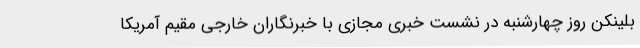
بلینکن روز چهارشنبه در نشست خبری مجازی با خبرنگاران خارجی مقیم آمریکا